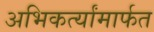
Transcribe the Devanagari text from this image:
अभिकर्त्यांमार्फत